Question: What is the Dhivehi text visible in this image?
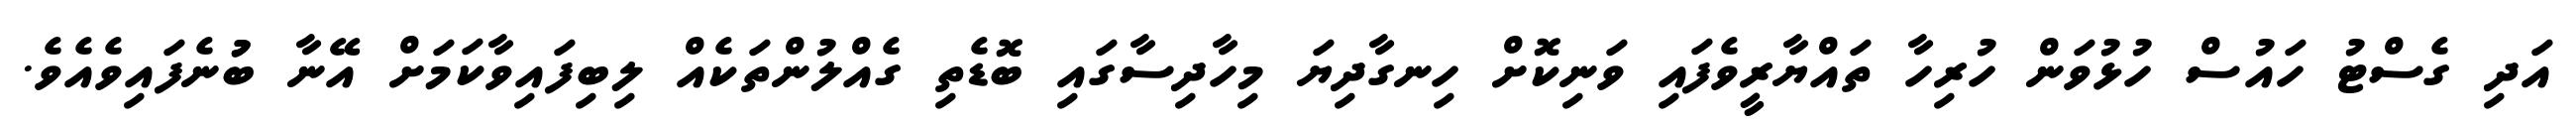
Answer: އަދި ގެސްޓު ހައުސް ހުޅުވަން ހުރިހާ ތައްޔާރީވެފައި ވަނިކޮށް ހިނގާދިޔަ މިހާދިސާގައި ބޮޑެތި ގެއްލުންތަކެއް ލިބިފައިވާކަމަށް އޭނާ ބުުނެފައިވެއެވެ.